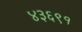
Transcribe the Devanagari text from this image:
४३६९१